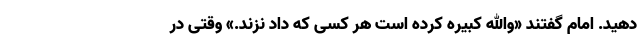
دهید. امام گفتند «والله کبیره کرده است هر کسی که داد نزند.» وقتی در